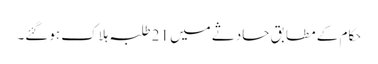
حکام کے مطابق حادثے میں 21 طلبہ ہلاک ہوگئے۔